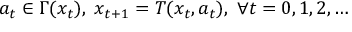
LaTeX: a _ { t } \in \Gamma ( x _ { t } ) , \; x _ { t + 1 } = T ( x _ { t } , a _ { t } ) , \; \forall t = 0 , 1 , 2 , \dots